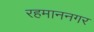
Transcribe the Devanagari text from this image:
रहमाननगर